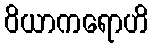
ဝိယာကရောဟိ